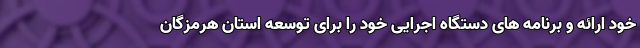
خود ارائه و برنامه های دستگاه اجرایی خود را برای توسعه استان هرمزگان